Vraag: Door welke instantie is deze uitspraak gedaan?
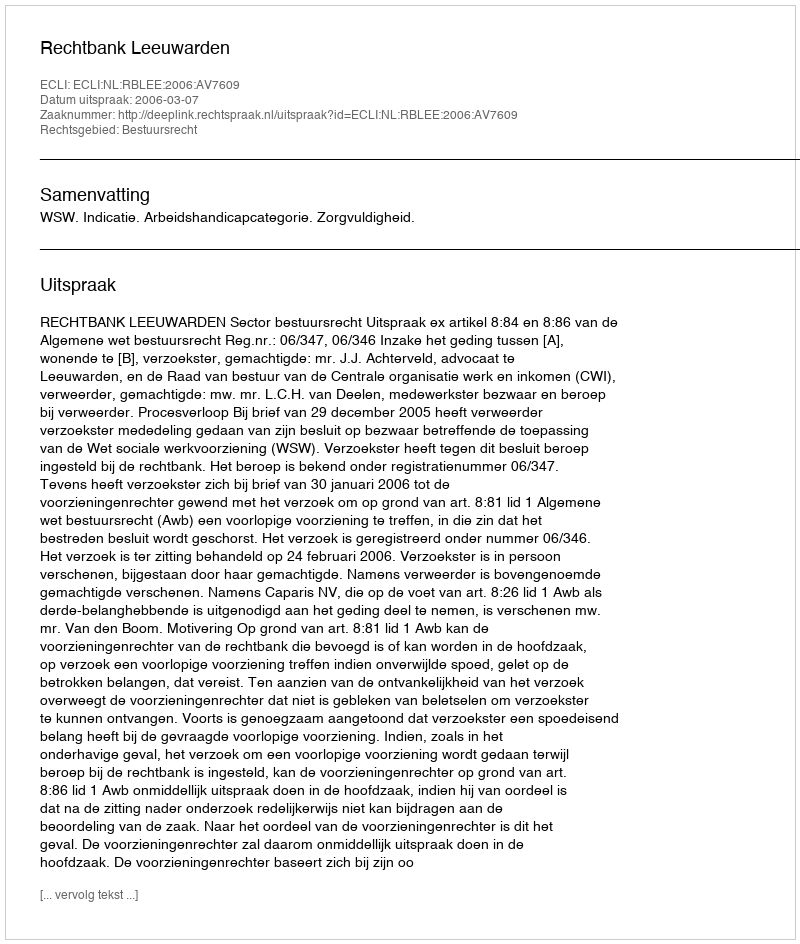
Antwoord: Rechtbank Leeuwarden